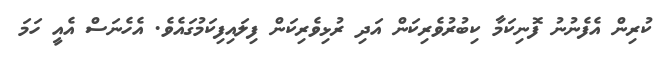
ކުރިން އެފެނުނު ފޮނިކަމާ ކިބުރުވެރިކަން އަދި ރުޅިވެރިކަން ފިލައިފިކަމުގައެވެ. އެހެނަސް އެއީ ހަމަ